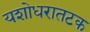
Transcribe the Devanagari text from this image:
यशोधरातटक